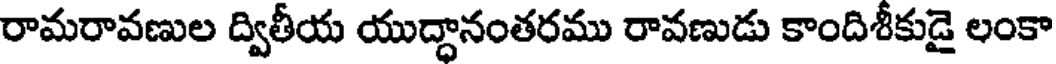
రామరావణుల ద్వితీయ యుద్ధానంతరము రావణుడు కాందిశీకుడై లంకా